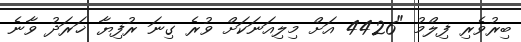
ބިރުވެރި ފިލްމު "4426 އަށް މިލިއަނަކަށް ވުރެ ގިނަ ރުފިޔާ ޚަރަދު ވާނެ